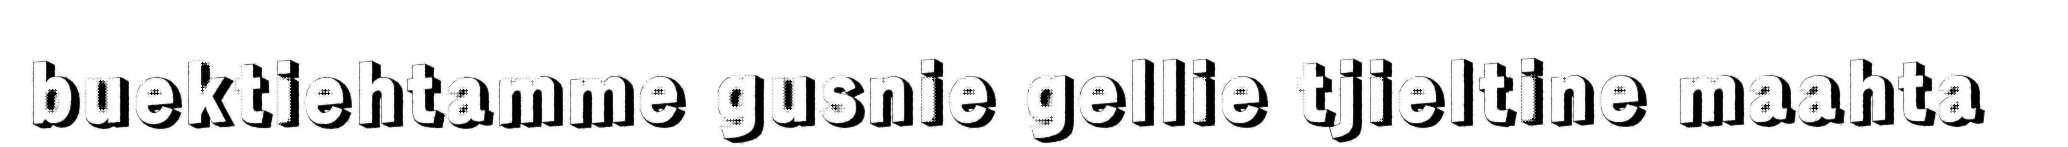
buektiehtamme gusnie gellie tjieltine maahta